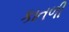
કાતળી